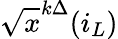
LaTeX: \sqrt{x}^{k\Delta}(i_{L})